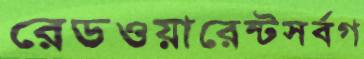
রেডওয়ারেন্টসর্বগ